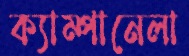
ক্যাম্পানেলা